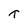
Character: t